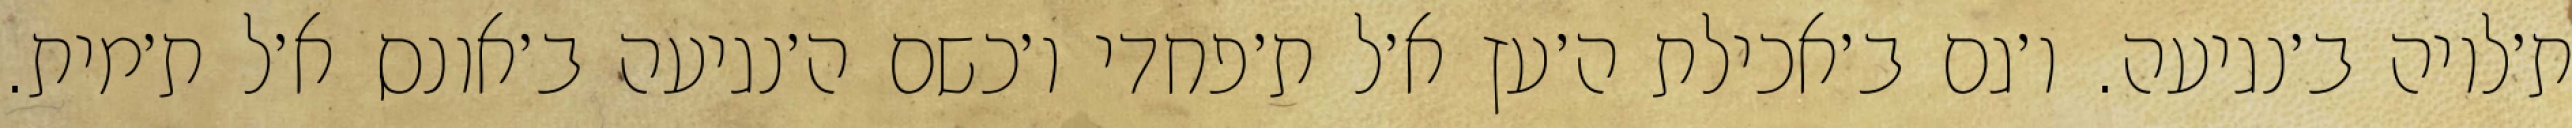
ת׳לויה ב׳נגיעה. ו׳גם ב׳אכילת ה׳עץ א׳ל ת׳פחדי ו׳כשם ה׳נגיעה ב׳אונס א׳ל ת׳מית.